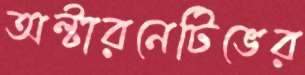
অল্টারনেটিভের